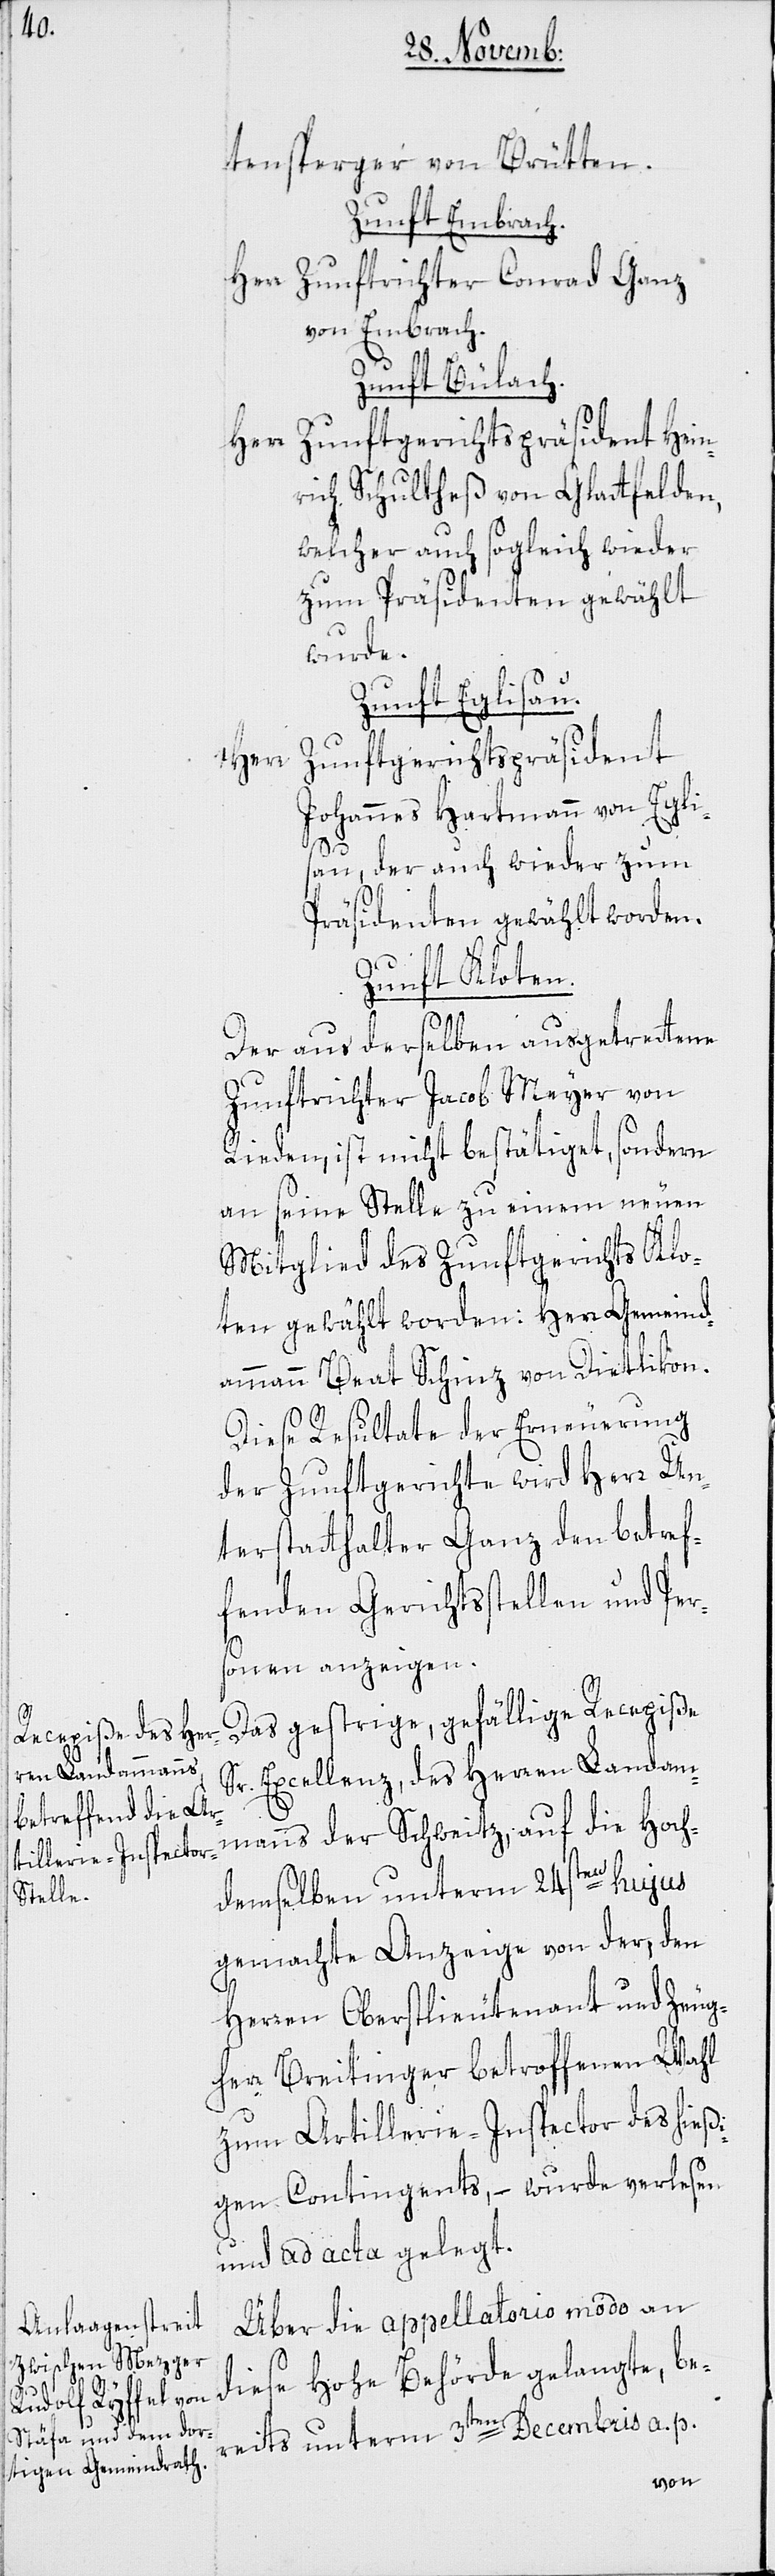
tensperger von Brütten.
Zunft Embrach.
Herr Zunftrichter Conrad Ganz
von Embrach.
Zunft Bülach.
Herr Zunftgerichtspräsident Hein¬
rich Schultheß von Glattfelden,
welcher auch sogleich wieder
zum Präsidenten gewählt
wurde.
Zunft Eglisau.
Herr
Zunftgerichtspräsident
Johannes Hartmann von Egli¬
sau, der auch wieder zum
Präsidenten gewählt worden.
Zunft Kloten.
Der aus derselben ausgetrettene
Zunftrichter Jacob Meyer von
Rieden ist nicht bestätiget, sondern
an seine Stelle zu einem neuen
Mitglied des Zunftgerichts Klo¬
ten gewählt worden: Herr Gemeind¬
ammann Beat Schinz von Dietlikon.
Diese Resultate der Erneuerung
der Zunftgerichte wird Herr Un¬
terstatthalter Ganz den betref¬
fenden Gerichtsstellen und Pers¬
onen anzeigen.
Das gestrige, gefällige Recepiße
Sr. Excellenz, des Herren Landam¬
manns der Schweitz, auf die Hoch¬
demselben unterm 24sten hujus
gemachte Anzeige von der, den
Herren Oberstlieutenant und Zeug¬
herr Breitinger betroffenen Wahl
zum Artillerie-Inspector des hießi¬
gen Contingents, – wurde verlesen
und ad acta gelegt.
Über die appellatorio modo an
diese Hohe Behörde gelangte, be¬
reits unterm 3ten Decembris a. p.